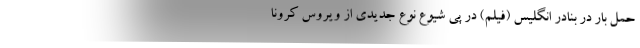
حمل بار در بنادر انگلیس (فیلم) در پی شیوع نوع جدیدی از ویروس کرونا